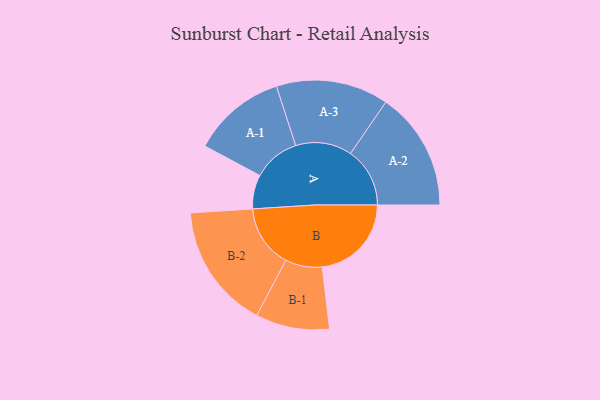
{"axis": {"x": "Segment", "y": "Value"}, "legend": ["", "A", "B"], "data": [{"x": "A", "y": 153, "type": ""}, {"x": "B", "y": 401, "type": ""}, {"x": "A-1", "y": 211, "type": "A"}, {"x": "A-2", "y": 267, "type": "A"}, {"x": "A-3", "y": 253, "type": "A"}, {"x": "B-1", "y": 166, "type": "B"}, {"x": "B-2", "y": 282, "type": "B"}]}